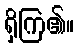
ရှိကြ၏။